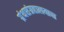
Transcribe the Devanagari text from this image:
ग्रंथसंग्रहालयाचा